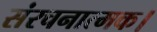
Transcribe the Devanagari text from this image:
संरचनात्मक।